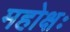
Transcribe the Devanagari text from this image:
महोक्षः